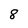
Character: 8